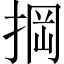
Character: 掆